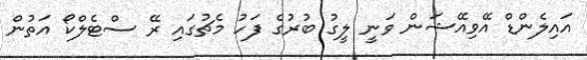
އައިލެންޑް އޭވިއޭޝަން ވަނީ ލީގު ބުރުގެ ފަހު މެޗުގައި ރޭ ސްޓެލްކޯ އަތުން